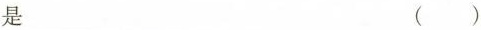
是 ()